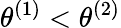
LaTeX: \theta^{(1)}<\theta^{(2)}